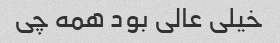
خیلی عالی بود همه چی